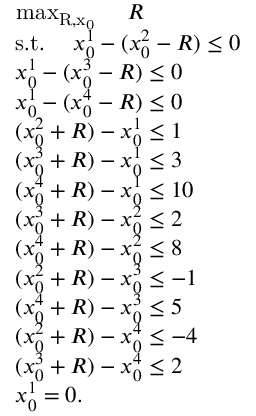
\begin{array} { r l } & { \mathrm { ~ \operatorname* { m a x } _ { R , x _ 0 } ~ } \quad R } \\ & { \; \mathrm { s . t . } \quad \; x _ { 0 } ^ { 1 } - ( x _ { 0 } ^ { 2 } - R ) \le 0 } \\ & { \; x _ { 0 } ^ { 1 } - ( x _ { 0 } ^ { 3 } - R ) \le 0 } \\ & { \; x _ { 0 } ^ { 1 } - ( x _ { 0 } ^ { 4 } - R ) \le 0 } \\ & { \; ( x _ { 0 } ^ { 2 } + R ) - x _ { 0 } ^ { 1 } \le 1 } \\ & { \; ( x _ { 0 } ^ { 3 } + R ) - x _ { 0 } ^ { 1 } \le 3 } \\ & { \; ( x _ { 0 } ^ { 4 } + R ) - x _ { 0 } ^ { 1 } \le 1 0 } \\ & { \; ( x _ { 0 } ^ { 3 } + R ) - x _ { 0 } ^ { 2 } \leq 2 } \\ & { \; ( x _ { 0 } ^ { 4 } + R ) - x _ { 0 } ^ { 2 } \leq 8 } \\ & { \; ( x _ { 0 } ^ { 2 } + R ) - x _ { 0 } ^ { 3 } \leq - 1 } \\ & { \; ( x _ { 0 } ^ { 4 } + R ) - x _ { 0 } ^ { 3 } \leq 5 } \\ & { \; ( x _ { 0 } ^ { 2 } + R ) - x _ { 0 } ^ { 4 } \leq - 4 } \\ & { \; ( x _ { 0 } ^ { 3 } + R ) - x _ { 0 } ^ { 4 } \leq 2 } \\ & { \; x _ { 0 } ^ { 1 } = 0 . } \end{array}